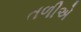
તળીએ